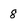
Character: 8